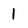
Character: 1